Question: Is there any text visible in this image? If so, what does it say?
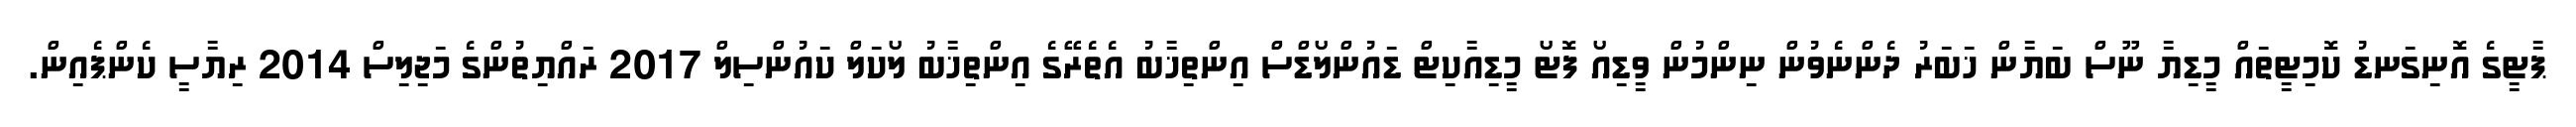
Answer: ޕާޓީގެ އޮނިގަނޑު ކޮމިޓީތައް މީޑިޔާ ނޫސް ބަޔާން ޚަބަރު ދެންނެވުން ނިންމުން ވީޑިއޯ ފޮޓޯ މީޑިއާކިޓް ޑައުންލޯޑްސް އިންތިޚާބު އެތެރޭގެ އިންތިޚާބު ލޯކަލް ކައުންސިލް 2017 ރައްޔިތުންގެ މަޖިލިސް 2014 ރިޔާސީ ކެންޕެއިން.